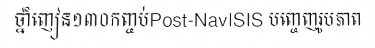
ថ្នាំញៀន១៣០កញ្ចប់Post-NavISIS បញ្ចេញរូបភាព